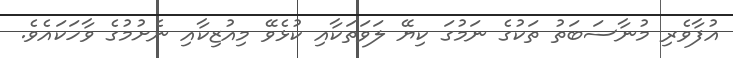
އުފާވެރި މުނާސަބަތު ތަކުގެ ނަމުގަ ކިޔޭ ލަވަތަކާއި ކުޅެވޭ މިއުޒިކާއި ނެށުމުގެ ވާހަކައެވެ.